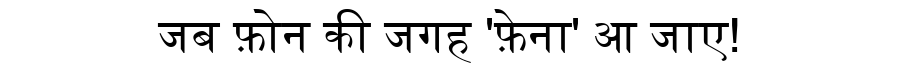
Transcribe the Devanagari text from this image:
जब फ़ोन की जगह 'फ़ेना' आ जाए!